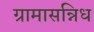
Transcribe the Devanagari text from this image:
ग्रामासन्निध